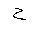
Letter: _ha